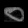
Digit: ၀